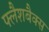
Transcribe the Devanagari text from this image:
फ्लैशबैक्स